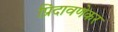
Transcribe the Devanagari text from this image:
प्रिंदावणेकर